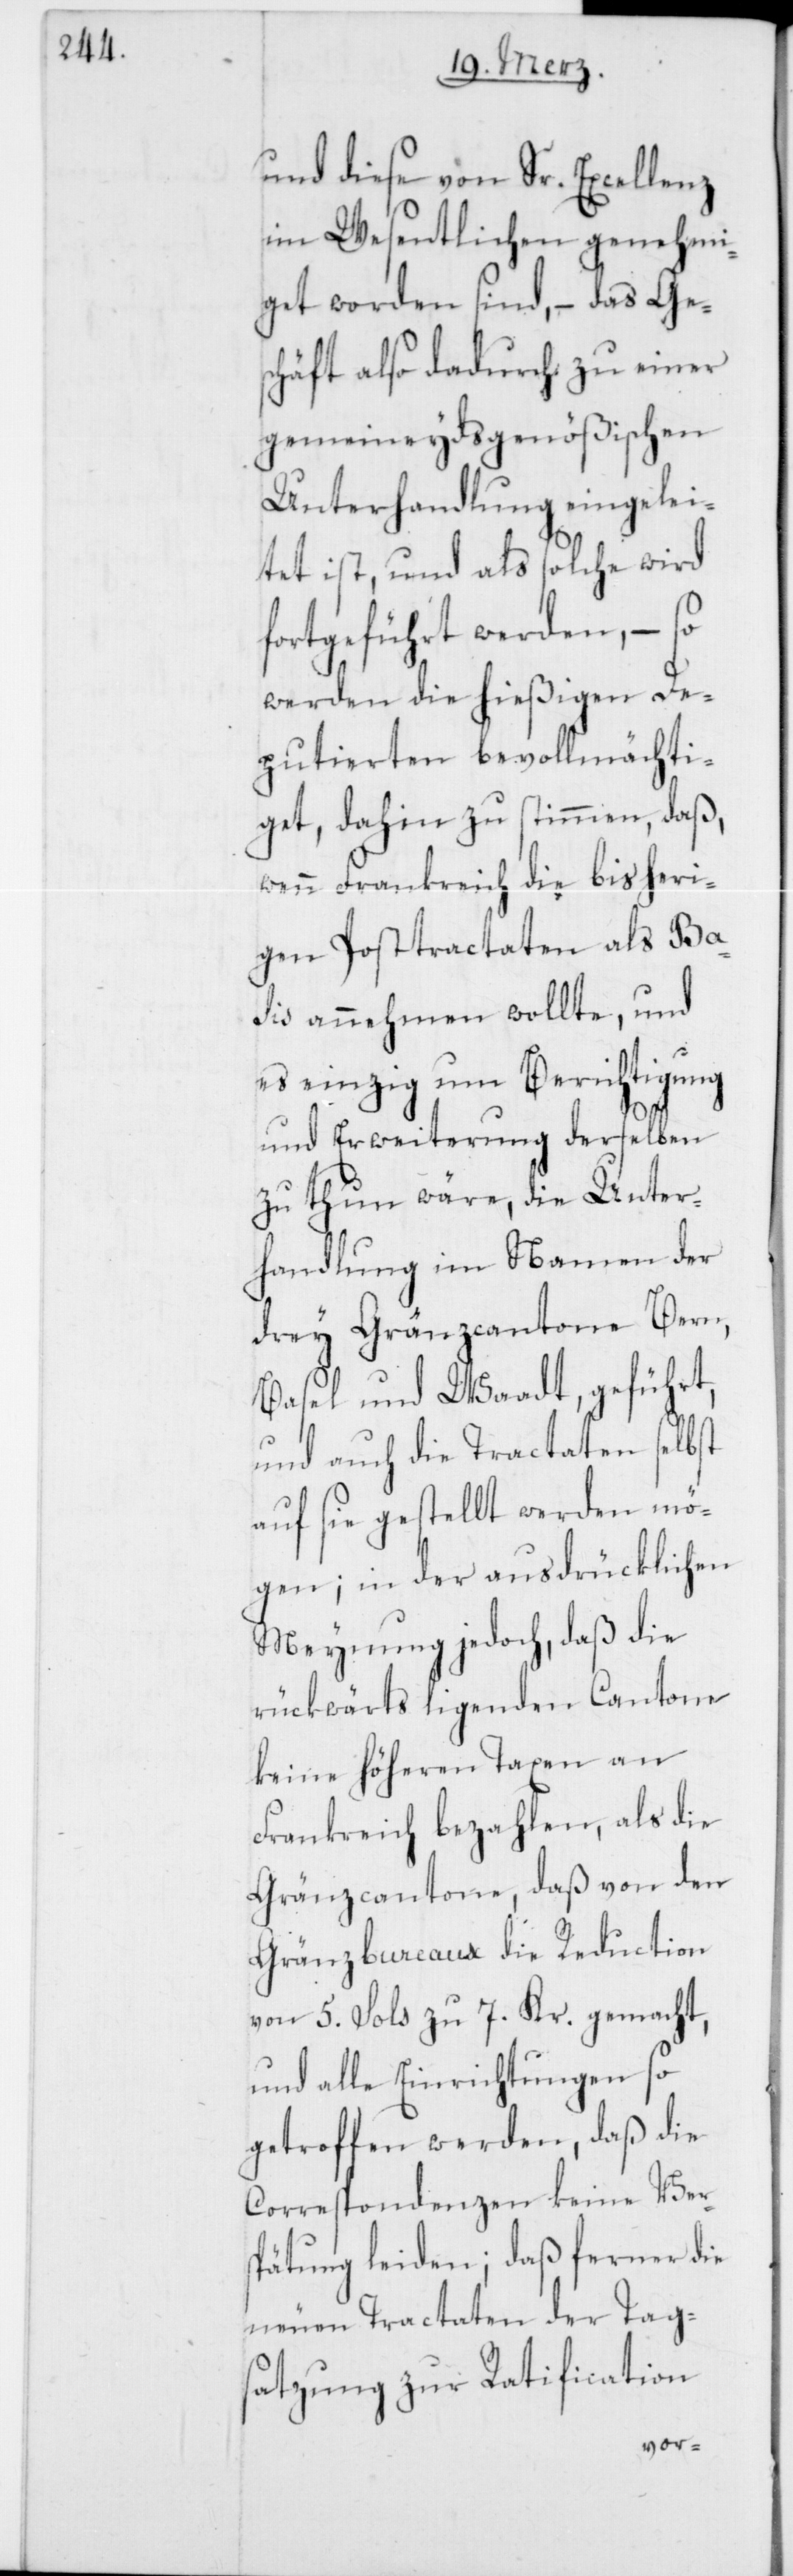
und diese von Sr. Excellenz
im Wesentlichen genehmi¬
get worden sind, – das Ge¬
schäft also dadurch zu einer
gemeineydsgenößischen
Unterhandlung eingelei¬
tet ist, und als solche wird
fortgeführt werden, – so
werden die hießigen De¬
putierten bevollmächti¬
get, dahin zu stimmen, daß,
wenn Frankreich die bisgheri¬
gen Posttractaten als Ba¬
sis annehmen wollte, und
es einzig um Berichtigung
und Erweiterung derselben
zu thun wäre, die Unter¬
handlung im Namen der
drey Gränzcantone Bern,
Basel und Waadt, geführt,
und auch die Tractaten selbst
auf sie gestellt werden mö¬
gen; in der ausdrücklichen
Meynung jedoch, daß die
rückwärts ligenden Cantone
keine höheren Taxen an
Frankreich bezahlen, als die
Gränzcantone, daß von den
Gränzbureaux die Reduction
von 5. Sols zu 7. Kr. gemacht,
und alle Einrichtungen so
getroffen werden, daß die
Correspondenzen keine Ver¬
spätung leiden; daß ferner die
neuen Tractaten der Tags¬
atzung zur Ratification